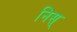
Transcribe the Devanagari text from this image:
निस्